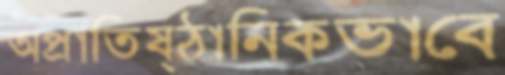
অপ্রাতিষ্ঠানিকভাবে